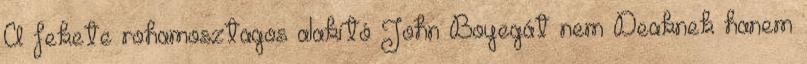
A fekete rohamosztagos alakító John Boyegát nem Deaknek hanem